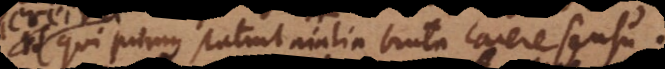
qui primus statuit animalia bruta carere sensu.